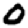
Digit: 0